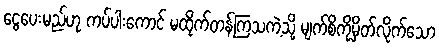
ငွေပေးမည်ဟု ကပ်ပါးကောင် မထိုက်တန်ကြသကဲ့သို့ မျက်စိကိုမှိတ်လိုက်သော